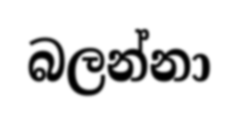
බලන්නා